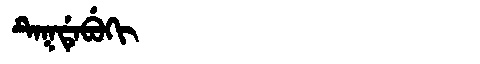
Manchu: ᡨᡝᡴᡩᡝᠪᡠᡴᡳ
Romanization: TEKDEBUKI